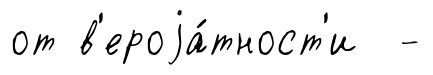
от в'ероjа́тност'и -